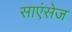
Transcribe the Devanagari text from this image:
साएंसेज